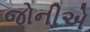
જોનીએ